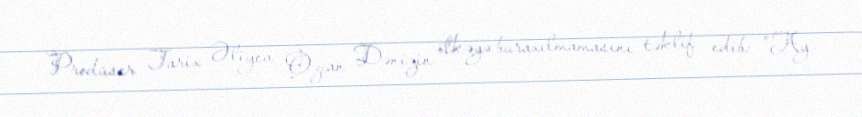
Prodüser Tarix Əliyev Özcan Dənizin ölkəyə buraxılmamasını təklif edib: "Ay